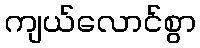
ကျယ်လောင်စွာ